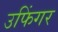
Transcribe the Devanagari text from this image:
उफिंगर